Malaria in the Punjab - Number 46
Disease focus: Malaria
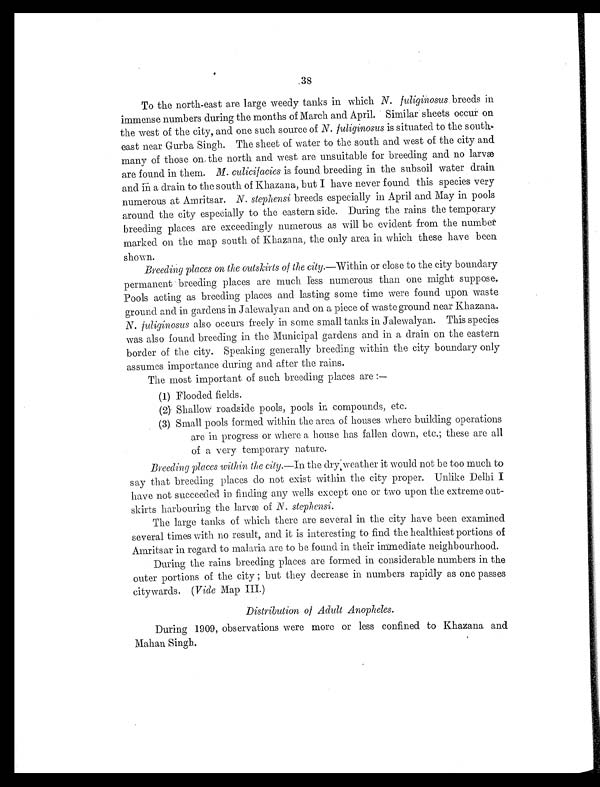
38
To the north-east are large weedy tanks in which N. fuliginosus breeds in
immense numbers during the months of March and April. Similar sheets occur on
the west of the city, and one such source of N. fuliginosus is situated to the south
-east near Gurba Singh. The sheet of water to the south and west of the city and
many of those on the north and west are unsuitable for breeding and no larvæ
are found in them. M. culicifacies is found breeding in the subsoil water drain
and in a drain to the south of Khazana, but I have never found this species very
numerous at Amritsar. N. stephensi breeds especially in April and May in pools
around the city especially to the eastern side. During the rains the temporary
breeding places are exceedingly numerous as will be evident from the number
marked on the map south of Khazana, the only area in which these have been
shown.
Breeding places on the outskirts of the city. —Within or close to the city boundary
permanent breeding places are much less numerous than one might suppose.
Pools acting as breeding places and lasting some time were found upon waste
ground and in gardens in Jalewalyan and on a piece of waste ground near Khazana.
N. fuliginosus also occurs freely in some small tanks in Jalewalyan. This species
was also found breeding in the Municipal gardens and in a drain on the eastern
border of the city. Speaking generally breeding within the city boundary only
assumes importance during and after the rains.
The most important of such breeding places are
: —
(1) Flooded fields.
(2) Shallow roadside pools, pools in compounds, etc.
( 3 ) S m a l l p o o l s f o r m e d w i t h i n t h e a r e a o f h o u s e s w h e r e b u i l d i n g o p e r a t i o n s
are in progress or where a house has fallen clown, etc.; these are all
of a very temporary nature.
Breeding places within the city. —In the dry weather it would not be too much to
say that breeding places do not exist within the city proper. Unlike Delhi I
have not succeeded in finding any wells except one or two upon the extreme out-
skirts harbouring the larvæ of N. stephensi.
The large tanks of which there are several in the city have been examined
several times with no result, and it is interesting to find the healthiest portions of
Amritsar in regard to malaria are to be found in their immediate neighbourhood.
During the rains breeding places are formed in considerable numbers in the
outer portions of the city; but they decrease in numbers rapidly as one passes
citywards. ( Vide Map III.)
Distribution of Adult Anopheles.
During 1909, observations were more or less confined to Khazana and
Mahan Singh.